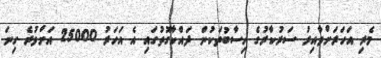
މެރި އަހަރަށްވާއިރު ސަރުކާރުގެ ހިސާބުތަކުން ދައްކާގޮތުގައި އެ އަހަރު 25000 އަށްވުރެ ގިނަ